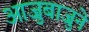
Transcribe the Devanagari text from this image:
आजुबाजुने